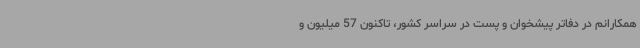
همکارانم در دفاتر پیشخوان و پست در سراسر کشور، تاکنون 57 میلیون و